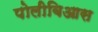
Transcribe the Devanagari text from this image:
पोलीबिआस